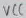
Text: VCC